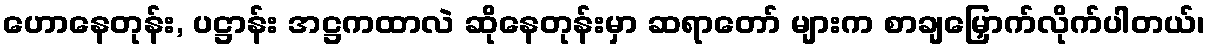
ဟောနေတုန်း, ပဋ္ဌာန်း အဋ္ဌကထာလဲ ဆိုနေတုန်းမှာ ဆရာတော် များက စာချမြှောက်လိုက်ပါတယ်၊